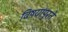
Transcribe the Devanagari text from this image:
विषयांपुरते